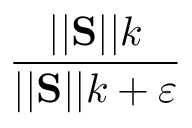
\frac { | | \mathbf { S } | | k } { | | \mathbf { S } | | k + \varepsilon }